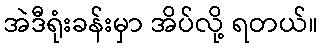
အဲဒီရုံးခန်းမှာ အိပ်လို့ ရတယ်။